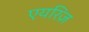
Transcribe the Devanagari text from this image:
एयरिज़